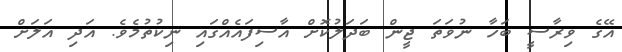
އޭގެ ވިރާސީ ބަހާ ނުވަތަ ޖީން ބަދަލުކޮށް އާސިފައެއްގައި ނިކުތުމެވެ. އަދި އަލަށް